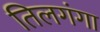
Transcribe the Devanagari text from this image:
तिलगंगा